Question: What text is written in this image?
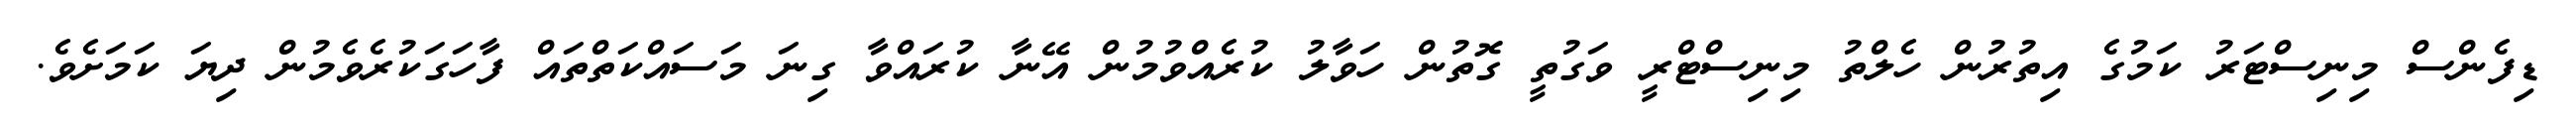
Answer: ޑިފެންސް މިނިސްޓަރު ކަމުގެ އިތުރުން ހެލްތު މިނިސްޓްރީ ވަގުތީ ގޮތުން ހަވާލު ކުރެއްވުމުން އޭނާ ކުރައްވާ ގިނަ މަސައްކަތްތައް ފާހަގަކުރެވެމުން ދިޔަ ކަމަށެވެ.